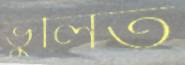
ভুলিত